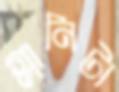
গ্লানিটা